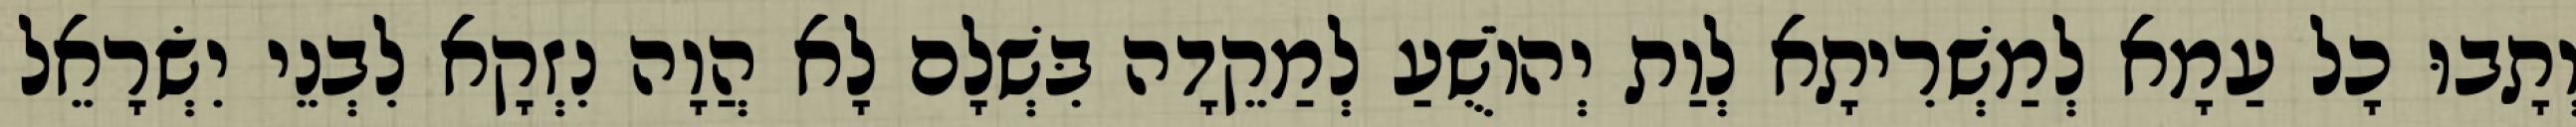
וְתָבוּ כָל עַמָא לְמַשְׁרִיתָא לְוַת יְהוֹשֻׁעַ לְמַקֵדָה בִּשְׁלָם לָא הֲוָה נִזְקָא לִבְנֵי יִשְׂרָאֵל